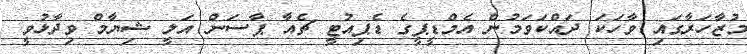
މުޒާހަރާގައި ވާހަކަ ދައްކަވަމުން އެމްޑީޕީގެ ޑެޕިއުޓީ ޗެއާ ޕާސަން އަލީ ޝިޔާމް ވިދާޅުވީ